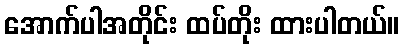
အောက်ပါအတိုင်း ထပ်တိုး ထားပါတယ်။